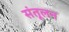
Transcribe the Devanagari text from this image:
संतूलन